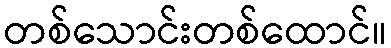
တစ်သောင်းတစ်ထောင်။